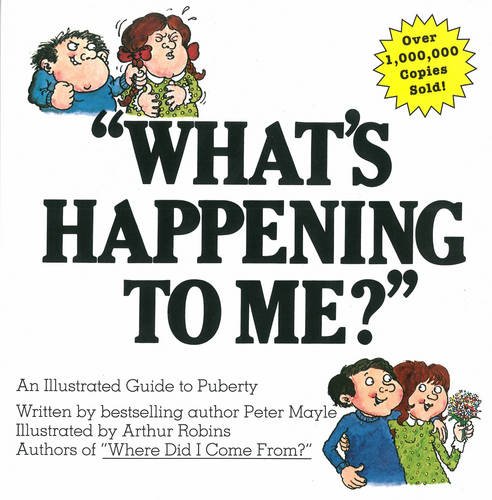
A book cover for "What's Happening to Me?" A Guide to Puberty; Peter Mayle; Parenting & Relationships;